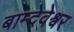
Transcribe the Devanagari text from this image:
बाम्देवेश्वर